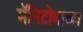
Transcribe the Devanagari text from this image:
मॅनिटोबाच्या